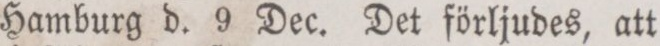
Hamburg d. 9 Dec. Det förljudes, att